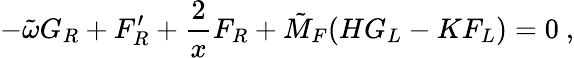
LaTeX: -\tilde{\omega}G_{R}+F_{R}^{\prime}+\frac{2}{x}F_{R}+\tilde{M}_{F}(HG_{L}-KF_{L})=0\ ,